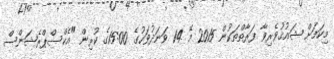
މިކަމަށް ޝައުޤުވެރިވާ ފަރާތްތަކުން 2015 މޭ 14 ވަނަދުވަހުގެ 15:00ގެ ކުރިން "އެކްސްޕްރެޝަންސް